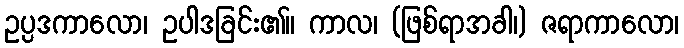
ဥပ္ပဒကာလော၊ ဥပါဒခြင်း၏။ ကာလ၊ (ဖြစ်ရာအခါ၊) ဇရာကာလော၊